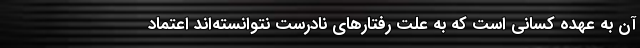
آن به عهده کسانی است که به علت رفتارهای نادرست نتوانسته‌اند اعتماد